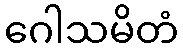
ဂေါသမိတံ